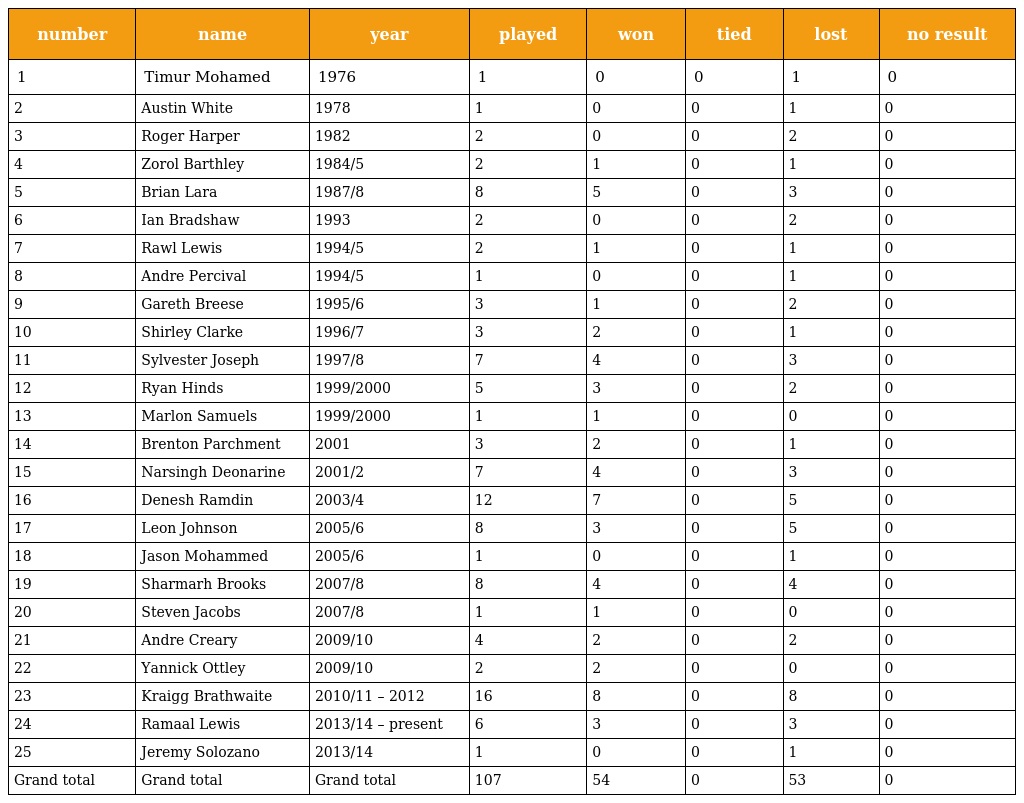
| number | name | year | played | won | tied | lost | no result |
 | --- | --- | --- | --- | --- | --- | --- | --- |
 | 1 | Timur Mohamed | 1976 | 1 | 0 | 0 | 1 | 0 |
 | 2 | Austin White | 1978 | 1 | 0 | 0 | 1 | 0 |
 | 3 | Roger Harper | 1982 | 2 | 0 | 0 | 2 | 0 |
 | 4 | Zorol Barthley | 1984/5 | 2 | 1 | 0 | 1 | 0 |
 | 5 | Brian Lara | 1987/8 | 8 | 5 | 0 | 3 | 0 |
 | 6 | Ian Bradshaw | 1993 | 2 | 0 | 0 | 2 | 0 |
 | 7 | Rawl Lewis | 1994/5 | 2 | 1 | 0 | 1 | 0 |
 | 8 | Andre Percival | 1994/5 | 1 | 0 | 0 | 1 | 0 |
 | 9 | Gareth Breese | 1995/6 | 3 | 1 | 0 | 2 | 0 |
 | 10 | Shirley Clarke | 1996/7 | 3 | 2 | 0 | 1 | 0 |
 | 11 | Sylvester Joseph | 1997/8 | 7 | 4 | 0 | 3 | 0 |
 | 12 | Ryan Hinds | 1999/2000 | 5 | 3 | 0 | 2 | 0 |
 | 13 | Marlon Samuels | 1999/2000 | 1 | 1 | 0 | 0 | 0 |
 | 14 | Brenton Parchment | 2001 | 3 | 2 | 0 | 1 | 0 |
 | 15 | Narsingh Deonarine | 2001/2 | 7 | 4 | 0 | 3 | 0 |
 | 16 | Denesh Ramdin | 2003/4 | 12 | 7 | 0 | 5 | 0 |
 | 17 | Leon Johnson | 2005/6 | 8 | 3 | 0 | 5 | 0 |
 | 18 | Jason Mohammed | 2005/6 | 1 | 0 | 0 | 1 | 0 |
 | 19 | Sharmarh Brooks | 2007/8 | 8 | 4 | 0 | 4 | 0 |
 | 20 | Steven Jacobs | 2007/8 | 1 | 1 | 0 | 0 | 0 |
 | 21 | Andre Creary | 2009/10 | 4 | 2 | 0 | 2 | 0 |
 | 22 | Yannick Ottley | 2009/10 | 2 | 2 | 0 | 0 | 0 |
 | 23 | Kraigg Brathwaite | 2010/11 – 2012 | 16 | 8 | 0 | 8 | 0 |
 | 24 | Ramaal Lewis | 2013/14 – present | 6 | 3 | 0 | 3 | 0 |
 | 25 | Jeremy Solozano | 2013/14 | 1 | 0 | 0 | 1 | 0 |
 | Grand total | Grand total | Grand total | 107 | 54 | 0 | 53 | 0 |